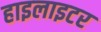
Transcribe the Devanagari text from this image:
हाइलाइटर